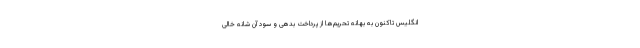
انگلیس تاکنون به بهانه تحریم‌ها از پرداخت بدهی و سود آن شانه خالی